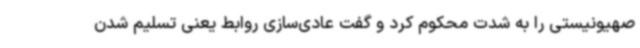
صهیونیستی را به شدت محکوم کرد و گفت عادی‌سازی روابط یعنی تسلیم شدن